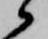
候